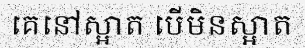
គេនៅស្អាត បើមិនស្អាត